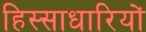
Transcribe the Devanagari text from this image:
हिस्साधारियों